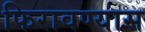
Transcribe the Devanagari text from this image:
फिरावण्यास